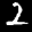
Label: 2